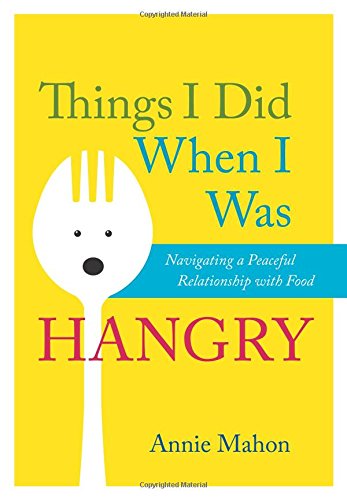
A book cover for Things I Did When I Was Hangry: Navigating a Peaceful Relationship with Food; Annie Mahon; Self-Help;